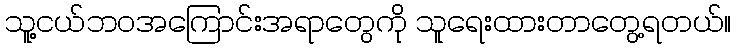
သူ့ငယ်ဘဝအကြောင်းအရာတွေကို သူရေးထားတာတွေ့ရတယ်။